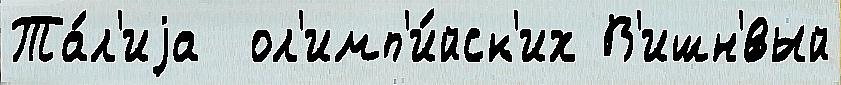
Та́л'иjа  ол'имп'и́йск'их В'ишн'́вый